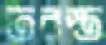
তরস্ত